65_HS1-834228961_62-HQ-83894_Section_9
Agency: FBI
Page 241
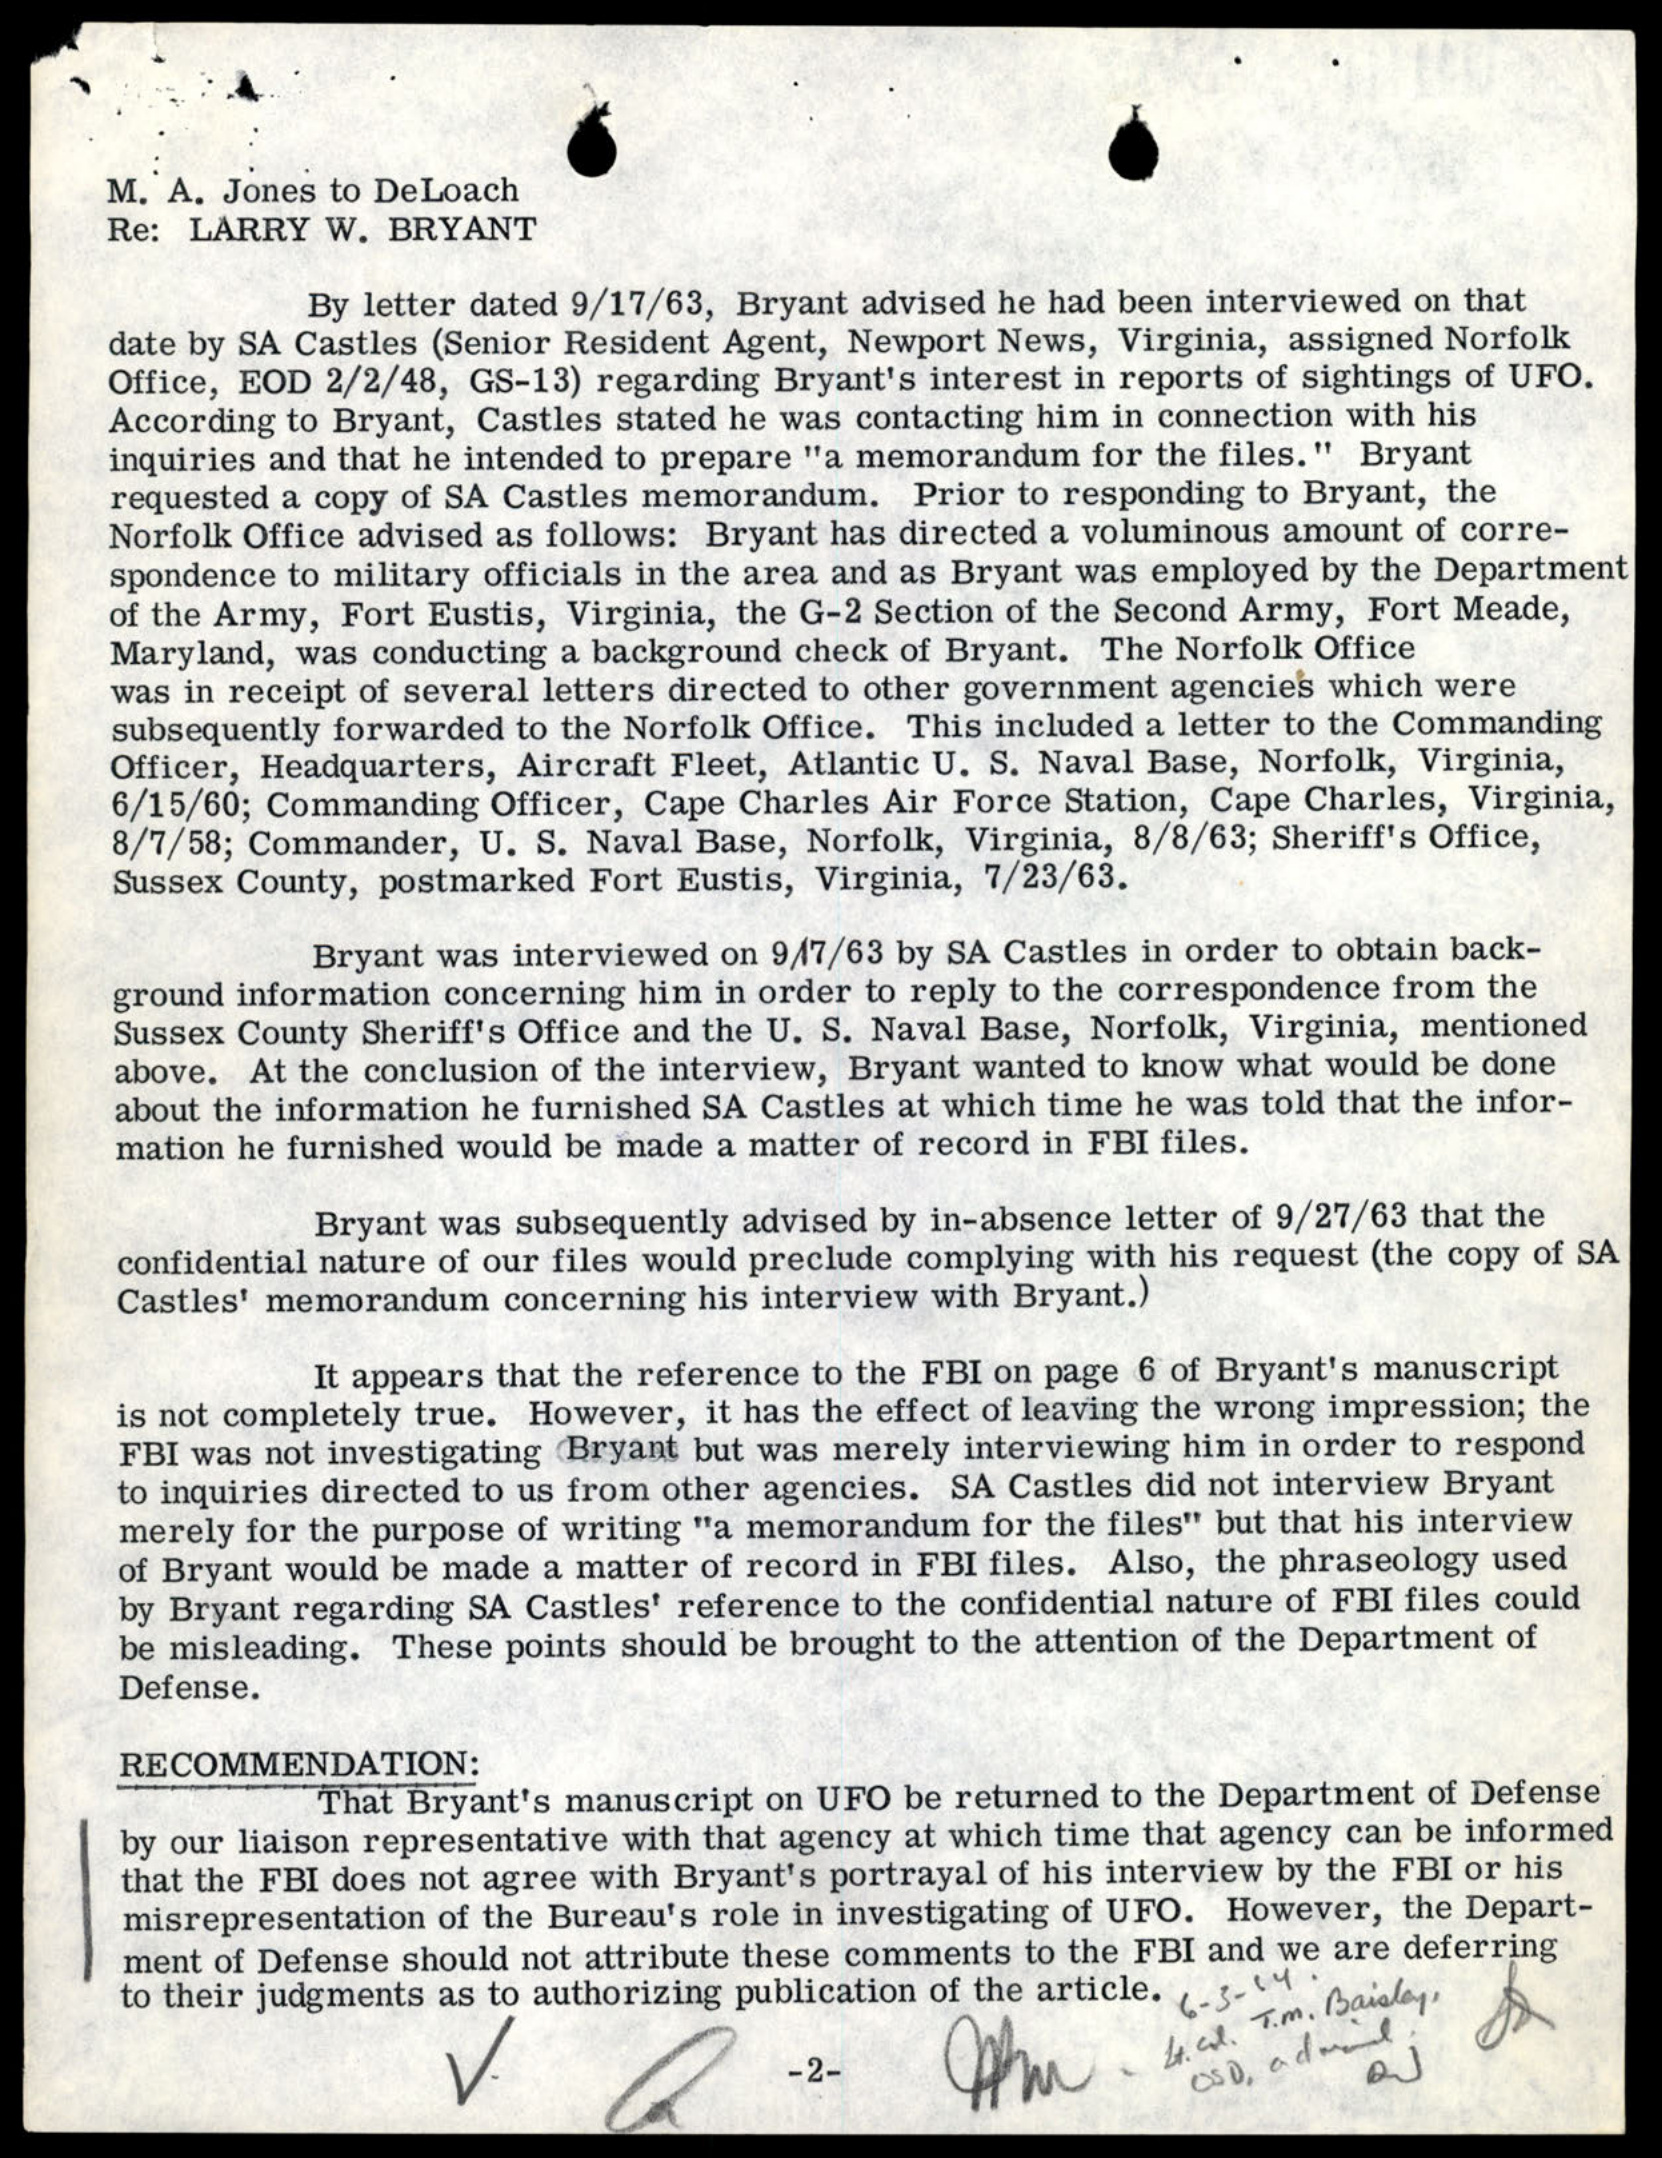